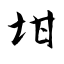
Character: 坩